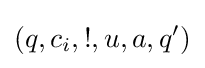
(q,c_{i},!,u,a,q')